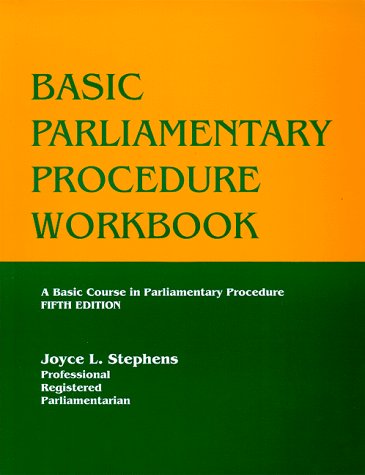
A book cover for Basic Parliamentary Procedure Workbook; Joyce L. Stephens; Reference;